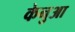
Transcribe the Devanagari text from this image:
केनुआ